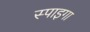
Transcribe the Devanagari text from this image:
स्पाइगा